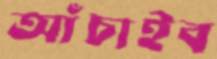
আঁচাইব